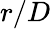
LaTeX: r/D